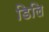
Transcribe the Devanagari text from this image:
डिलि